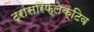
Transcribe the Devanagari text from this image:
ट्रांसरिफ्लेक्टिव